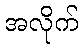
အလိုက်